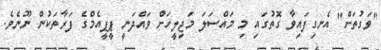
"ވަގުތަށް" އެނގިފައިވާ ގޮތުގައި މި މައްސަލަ މަޖިލީހަށް ވައްދަނީ ޕީޕީއެމްގެ ފަރާތަކުން ނޫނެވެ.